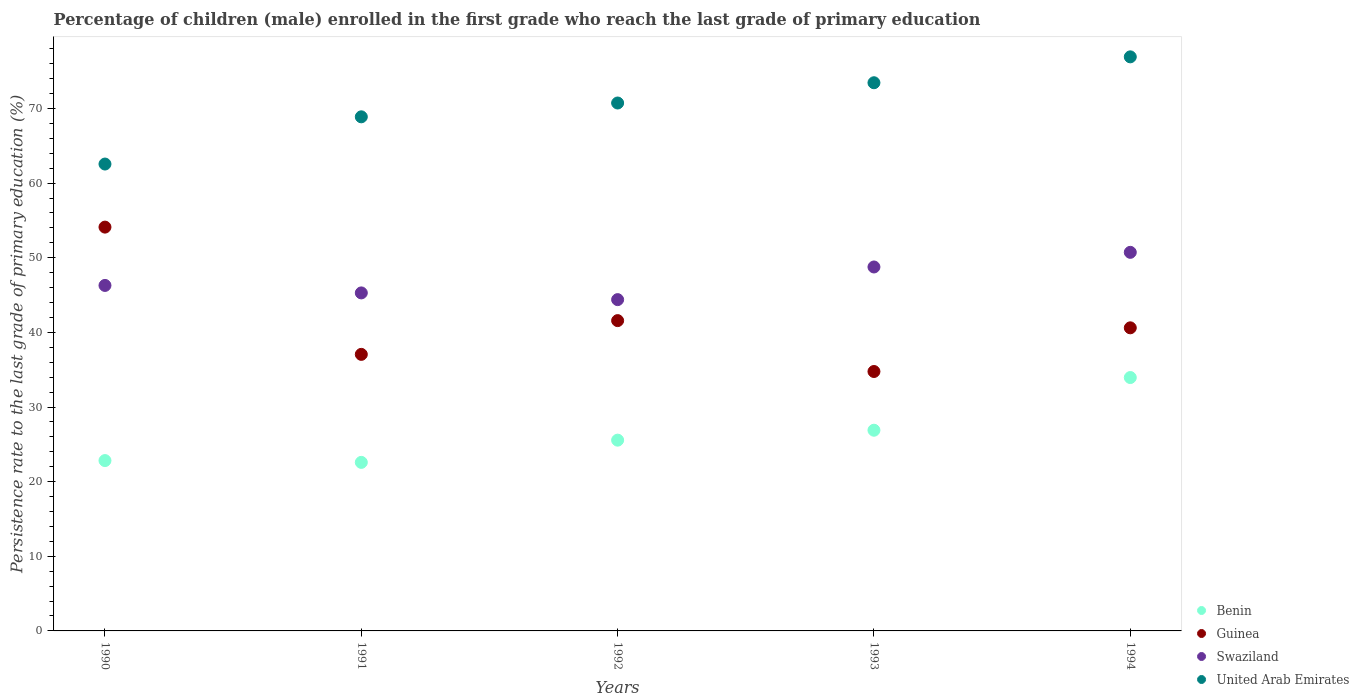
| Years | Benin | Guinea | Swaziland | United Arab Emirates |
 | --- | --- | --- | --- | --- |
 | 1990 | 22.8 | 54.1 | 46.3 | 62.6 |
 | 1991 | 22.6 | 37.1 | 45.3 | 68.9 |
 | 1992 | 25.6 | 41.6 | 44.4 | 70.7 |
 | 1993 | 26.9 | 34.8 | 48.8 | 73.5 |
 | 1994 | 34 | 40.6 | 50.7 | 76.9 |